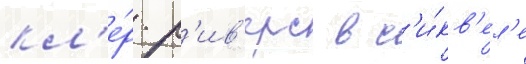
кл'е́р р'ив'ерс в с'и́кв'ел'е